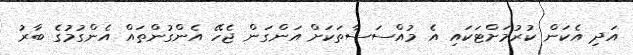
އަދި އެކަން ކުރުމަށްޓަކައި އެ މުއްސަސާތަކަށް އަންގަން ޖެހޭ އެންގުންތައް އެންގުމުގެ ބާރު